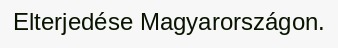
Elterjedése Magyarországon.